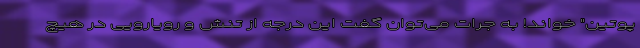
پوتین" خواند! به جرات می‌توان گفت این درجه از تنش و رویارویی در هیچ